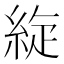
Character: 𦀢